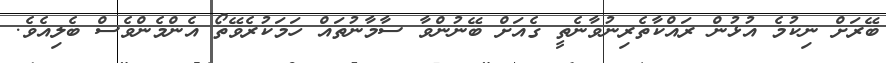
ބޭރަށް ނިކުމެ އުޅުން ރައްކާތެރިނުވާނެތީ ގެއަށް ބޭނުންވާ ސާމާނުތައް ހަމަކުރެވޭތޯ އެންމެންވެސް ބެލިއެވެ.